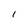
Character: I